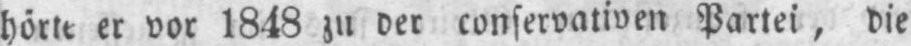
hörte er vor 1848 zu der conservativen Partei, die